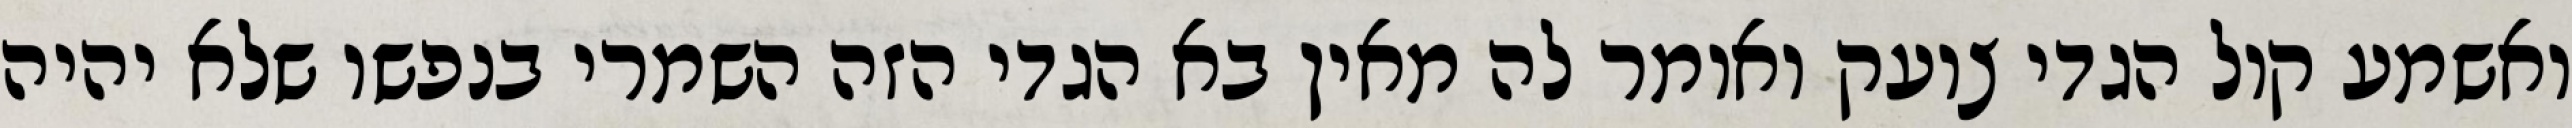
ואשמע קול הגדי צועק ואומר לה מאין בא הגדי הזה השמרי בנפשו שלא יהיה